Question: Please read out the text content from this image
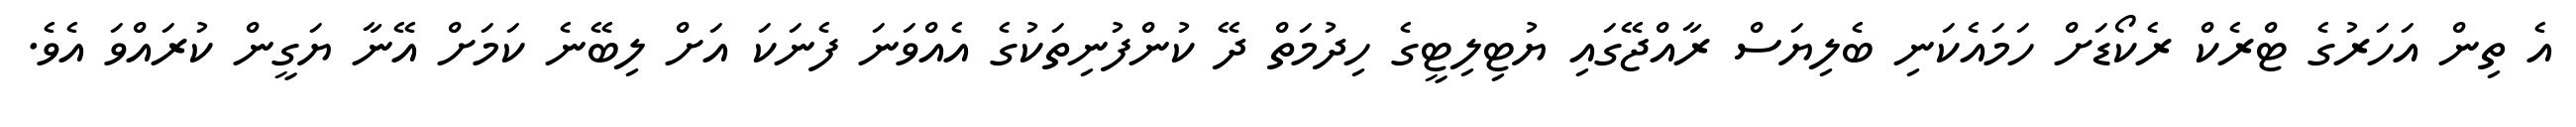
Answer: އެ ތިން އަހަރުގެ ޓްރެކް ރެކޯޑަށް ހަމައެކަނި ބެލިޔަސް ރާއްޖޭގައި ޔުޓިލިޓީގެ ހިދުމަތް ދޭ ކުންފުނިތަކުގެ އެއްވަނަ ފެނަކަ އަށް ލިބޭނެ ކަމަށް އޭނާ ޔަގީން ކުރައްވަ އެވެ.